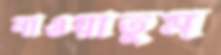
নাওয়াতুম